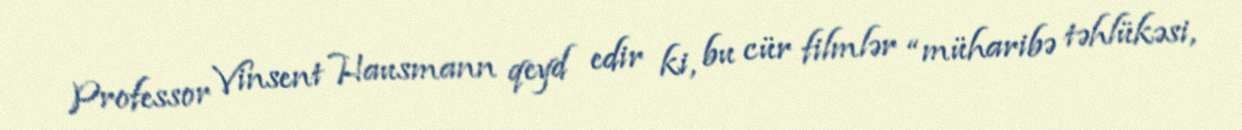
Professor Vinsent Hausmann qeyd edir ki, bu cür filmlər “müharibə təhlükəsi,